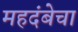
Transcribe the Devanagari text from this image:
महदंबेचा